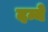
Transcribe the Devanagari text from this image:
दन्ये